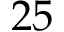
2 5